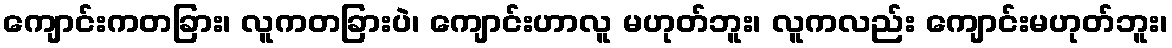
ကျောင်းကတခြား၊ လူကတခြားပဲ၊ ကျောင်းဟာလူ မဟုတ်ဘူး၊ လူကလည်း ကျောင်းမဟုတ်ဘူး၊